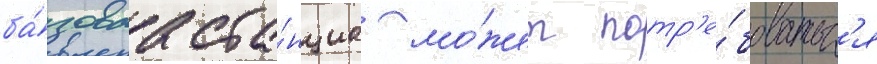
ба́зоваа ста́нциа мо́жет потр'е́боватьс'я